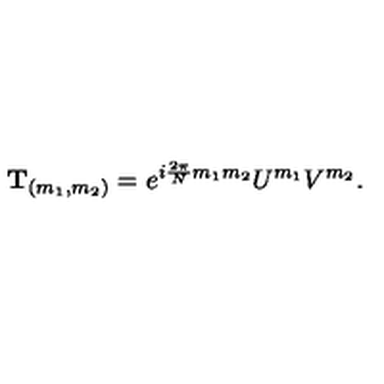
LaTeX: { \bf T } _ { ( m _ { 1 } , m _ { 2 } ) } = e ^ { i { \frac { 2 \pi } { N } } m _ { 1 } m _ { 2 } } U ^ { m _ { 1 } } V ^ { m _ { 2 } } .